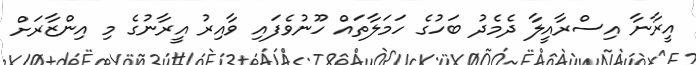
އީރާނާ އިސްރާއީލާ ދެމެދު ބަހުގެ ހަމަލާތައް ހޫނުވެފައި ވާއިރު އީރާނުގެ މި އިންޒާރަށް